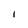
Character: 1